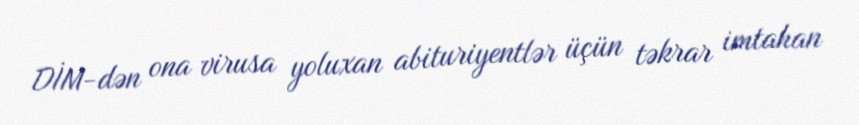
DİM-dən ona virusa yoluxan abituriyentlər üçün təkrar imtahan